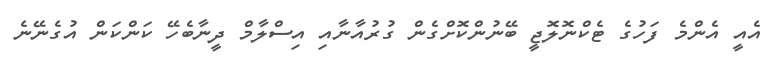
އެއީ އެންމެ ފަހުގެ ޓެކްނޮލޮޖީ ބޭނުންކޮށްގެން ގުރުއާނާއި އިސްލާމް ދީނާބެހޭ ކަންކަން އުގެނޭނެ